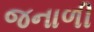
જનાળી